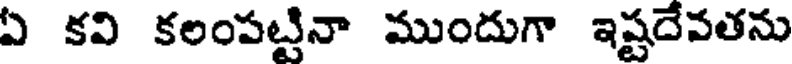
ఏ కవి కలంపట్టినా ముందుగా ఇష్టదేవతను